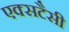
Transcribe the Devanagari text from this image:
एक्सटैसी